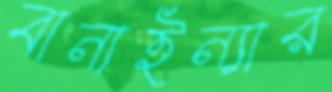
বানাইন্যার